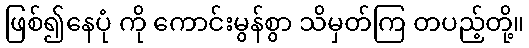
ဖြစ်၍နေပုံ ကို ကောင်းမွန်စွာ သိမှတ်ကြ တပည့်တို့။